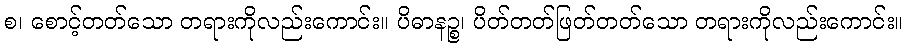
စ၊ စောင့်တတ်သော တရားကိုလည်းကောင်း။ ပိဓာနဉ္စ၊ ပိတ်တတ်ဖြတ်တတ်သော တရားကိုလည်းကောင်း။